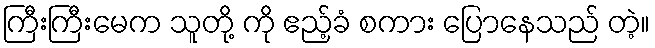
ကြီးကြီးမေက သူတို့ ကို ဧည့်ခံ စကား ပြောနေသည် တဲ့။